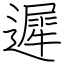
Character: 遲